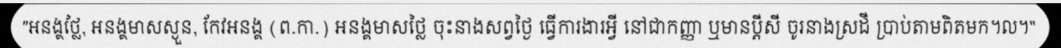
"អនង្គថ្លៃ, អនង្គមាសស្ងួន, កែវអនង្គ (ព.កា.) អនង្គមាសថ្លៃ ចុះនាងសព្វថ្ងៃ ធ្វើការងារអ្វី នៅជាកញ្ញា ឬមានប្តីសី ចូរនាងស្រដី ប្រាប់តាមពិតមក។ល។"